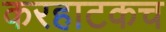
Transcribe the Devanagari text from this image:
करहाटकच